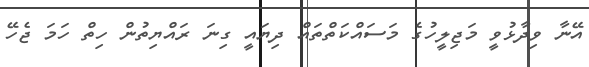
އޭނާ ވިދާޅުވީ މަޖިލީހުގެ މަސައްކަތްތައް ދިޔައީ ގިނަ ރައްޔިތުން ހިތް ހަމަ ޖެހޭ